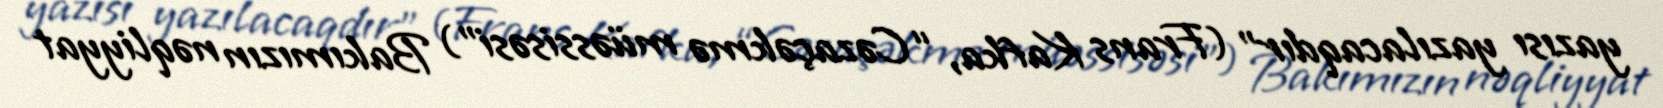
yazısı yazılacaqdır" (Frans Kafka, “Cəzaçəkmə müəssisəsi”) Bakımızın nəqliyyat